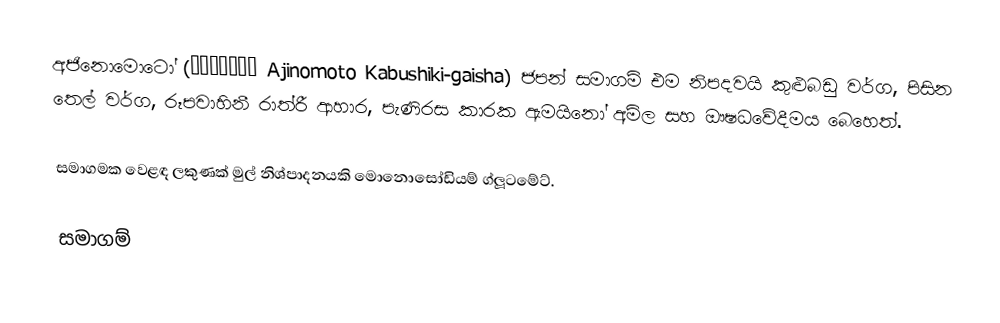
අජිනොමොටෝ (味の素株式会社 Ajinomoto Kabushiki-gaisha) ජපන් සමාගම් එම නිපදවයි කුළුබඩු වර්ග, පිසින තෙල් වර්ග, රූපවාහිනී රාත්රී ආහාර, පැණිරස කාරක ඇමයිනෝ අම්ල සහ ඖෂධවේදීමය බෙහෙත්.

 සමාගමක වෙළඳ ලකුණක් මුල් නිශ්පාදනයකි මොනොසෝඩියම් ග්ලූටමේට්.

සමාගම්